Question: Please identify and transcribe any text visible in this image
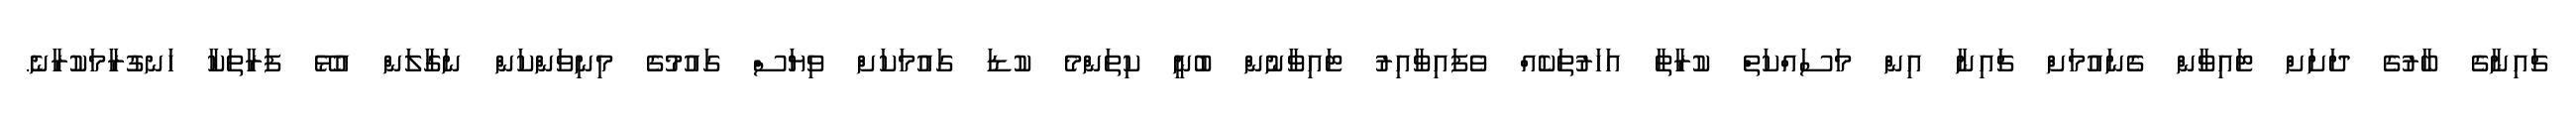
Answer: ޗައިނާގެ ބާރުގެ ދަށަށް ޓައިވާން ގެނައުމަށް ޗައިނާ އިން މަސައްކަތް ކުރާތާ އަހަރުތަކެއް ވެފައިވާއިރު ޓައިވާނުން ބުނީ ކިތަންމެ ކުޑަ ގައުމަކަށް ވިޔަސް ގައުމުގެ މިނިވަންކަން ނަގާލަން އުޅޭ ފަރާތަކާ ހަނގުރާމަކުރާނެ.